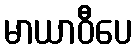
မာယာဝီပေ